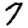
Digit: 7